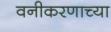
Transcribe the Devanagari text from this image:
वनीकरणाच्या